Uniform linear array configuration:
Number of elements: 8
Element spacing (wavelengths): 0.25
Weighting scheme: blackman
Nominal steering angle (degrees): -15
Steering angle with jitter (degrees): -15.89
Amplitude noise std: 0.05
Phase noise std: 0.05

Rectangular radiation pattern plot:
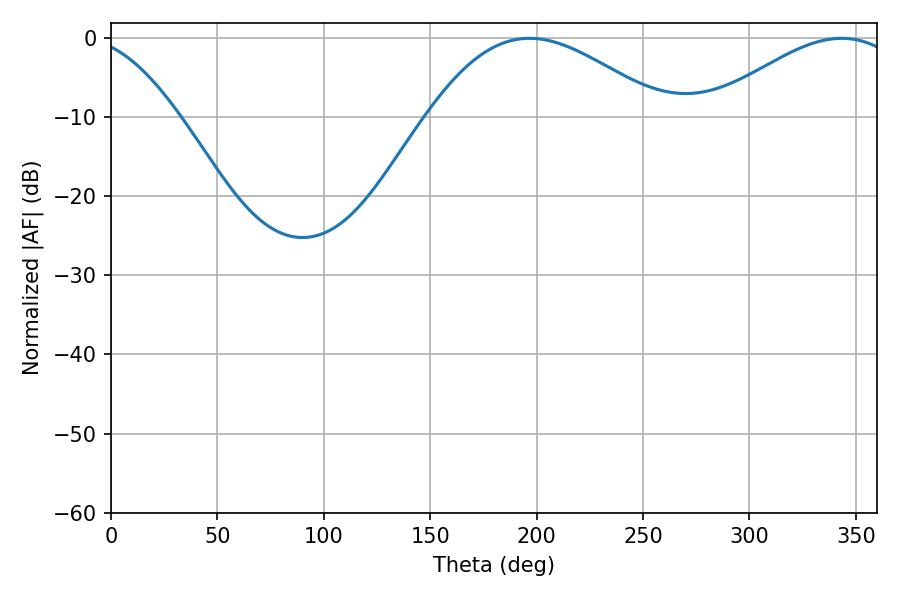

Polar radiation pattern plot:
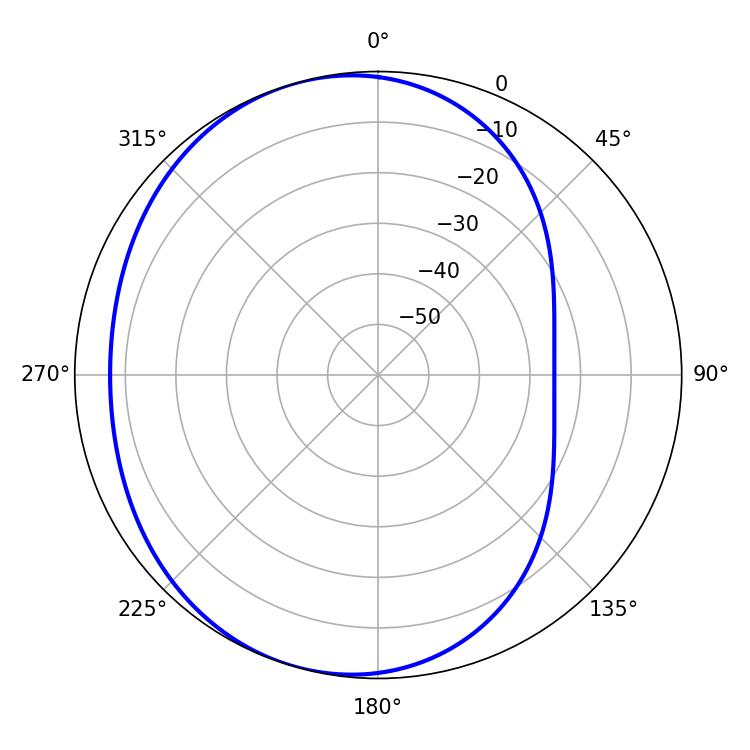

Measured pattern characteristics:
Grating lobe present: FALSE
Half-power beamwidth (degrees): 59.76
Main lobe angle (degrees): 196.56